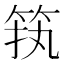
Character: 𱷷